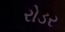
રોડર